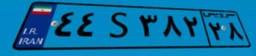
۴۴S۳۸۲۲۸